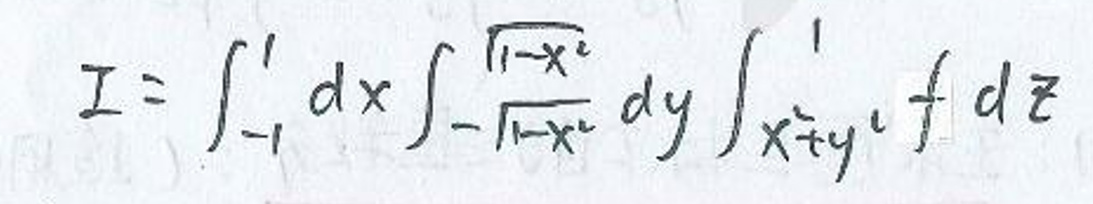
\[ I = \int_{-1}^{1} dx \int_{-\sqrt{1 - x^2}}^{\sqrt{1 - x^2}} dy \int_{x^2 + y^2}^{1} f dz \]